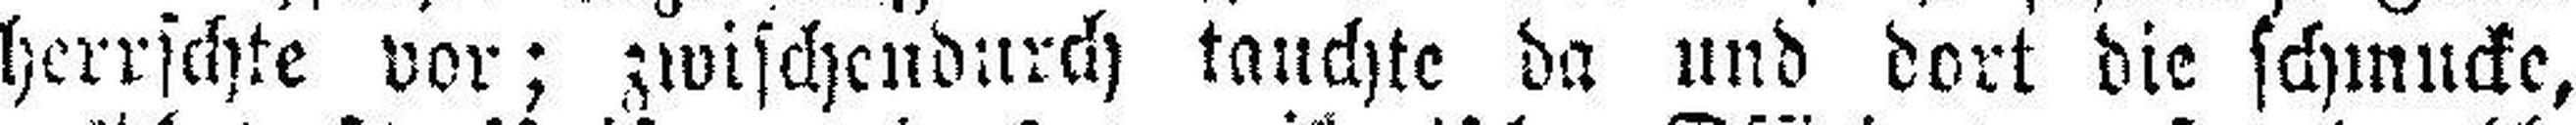
herrschte vor; zwischendurch tauchte da und dort die schmucke,